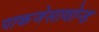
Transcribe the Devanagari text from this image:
पाकजेसावोन्ड